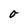
Character: O